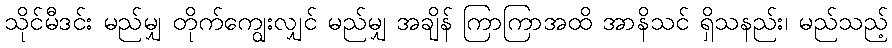
သိုင်မီဒင်း မည်မျှ တိုက်ကျွေးလျှင် မည်မျှ အချိန် ကြာကြာအထိ အာနိသင် ရှိသနည်း၊ မည်သည့်